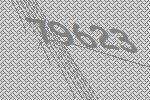
79623